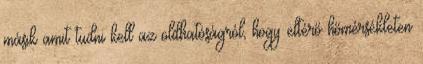
másik amit tudni kell az oldhatóságról, hogy eltérő hőmérsékleten